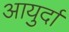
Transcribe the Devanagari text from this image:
आयुर्दा